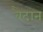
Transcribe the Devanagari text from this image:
वैदान